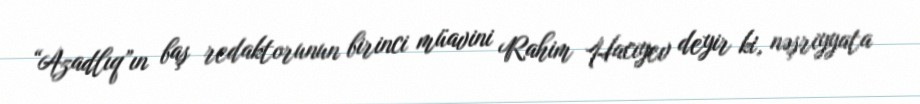
“Azadlıq”ın baş redaktorunun birinci müavini Rahim Hacıyev deyir ki, nəşriyyata